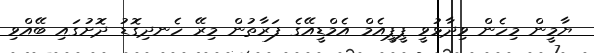
ޔާމީން މިހެން ވިދާޅުވީ ޕީޕީއެމް އެމްޑީއޭގެ ފަރާތުން މިރޭ ހެނދިގޮޑު ދޮށުގައި ބޭއްވި